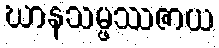
ဃာနသမ္ဖဿဇာယ